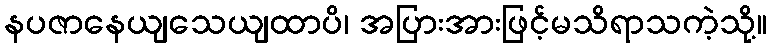
နပဇာနေယျသေယျထာပိ၊ အပြားအားဖြင့်မသိရာသကဲ့သို့။